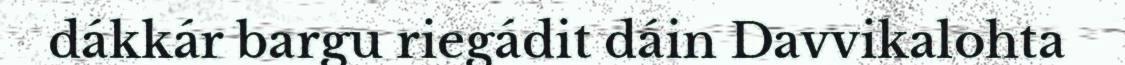
dákkár bargu riegádit dáin Davvikalohta